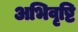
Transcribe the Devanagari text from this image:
अभिवृष्टि